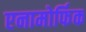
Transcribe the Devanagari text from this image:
एनामोर्फिक